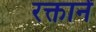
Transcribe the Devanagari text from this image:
रक्तानें